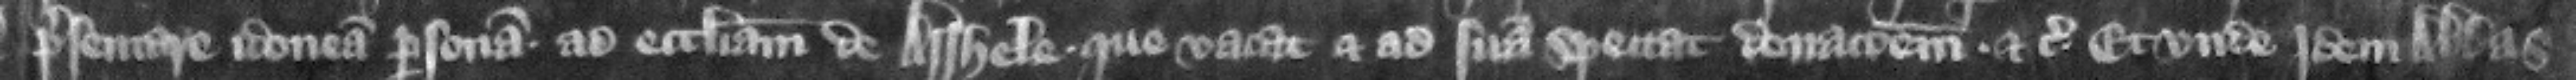
presentare idoneam personam ad ecclesiam de Asshele que vacat et ad suam spectat donacionem etc. Et nde idem abbas